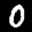
Label: 0